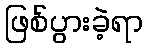
ဖြစ်ပွားခဲ့ရာ